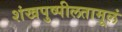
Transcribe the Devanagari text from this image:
शंखपुष्पीलतामूलं